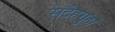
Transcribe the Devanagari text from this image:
सदेहगुहा